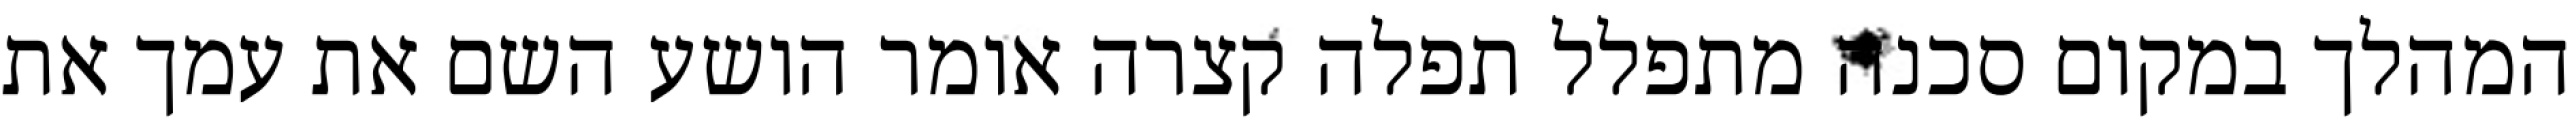
המהלך במקום סכנה מתפלל תפלה קצרה אומר הושע השם את עמך את